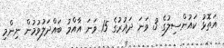
އަތޮޅު ކައުންސިލުގެ 3 ވަނަ ދައުރުގެ 15 ވަނަ އާއްމު ބައްދަލުވުމުން ނިންމި